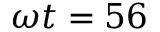
\omega t = 5 6